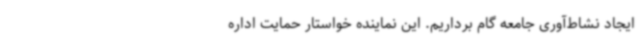
ایجاد نشاط‌آوری جامعه گام برداریم. این نماینده خواستار حمایت اداره